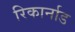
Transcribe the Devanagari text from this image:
रिकार्नाड